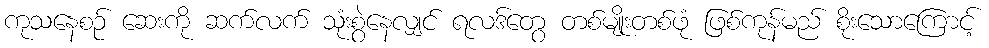
ကုသနေစဉ် ဆေးကို ဆက်လက် သုံးစွဲနေလျှင် ရလဒ်တွေ တစ်မျိုးတစ်ဖုံ ဖြစ်ကုန်မည် စိုးသောကြောင့်